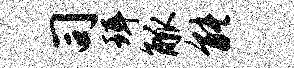
司珥觚能